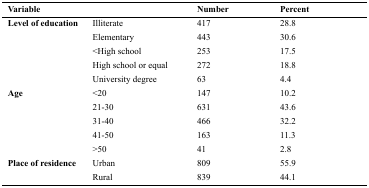
| <COLSPAN=2> Variable | Number | Percent |
 | --- | --- | --- | --- |
 | <ROWSPAN=5> Level of education | Illiterate | 417 | 28.8 |
 | Elementary | 443 | 30.6 |
 | <High school | 253 | 17.5 |
 | High school or equal | 272 | 18.8 |
 | University degree | 63 | 4.4 |
 | <ROWSPAN=5> Age | <20 | 147 | 10.2 |
 | 21-30 | 631 | 43.6 |
 | 31-40 | 466 | 32.2 |
 | 41-50 | 163 | 11.3 |
 | >50 | 41 | 2.8 |
 | <ROWSPAN=2> Place of residence | Urban | 809 | 55.9 |
 | Rural | 839 | 44.1 |